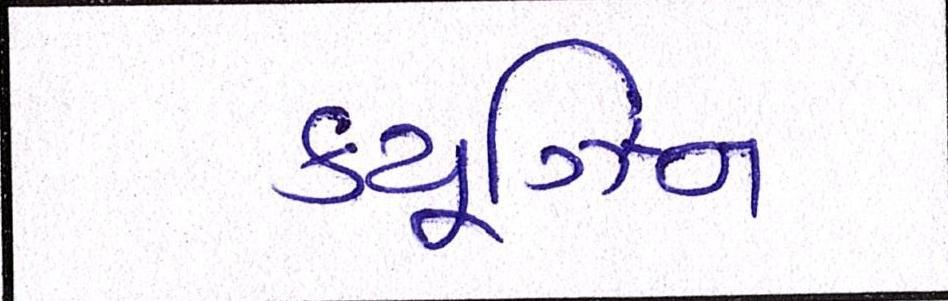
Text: ક્યૂઝિન